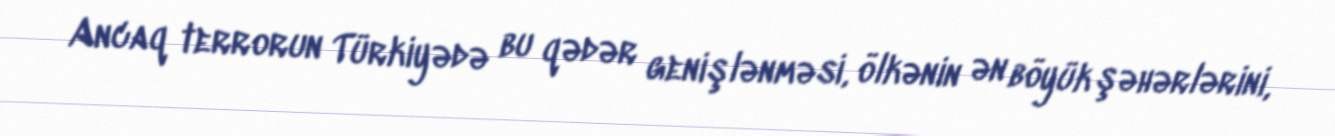
Ancaq terrorun Türkiyədə bu qədər genişlənməsi, ölkənin ən böyük şəhərlərini,